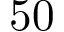
5 0